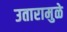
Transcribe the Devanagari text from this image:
उतारामुळे